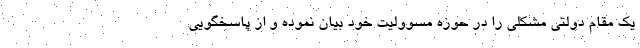
یک مقام دولتی مشکلی را در حوزه مسوولیت خود بیان نموده و از پاسخگویی